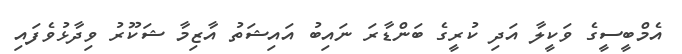
އެމްބީސީގެ ވަކީލާ އަދި ކުރީގެ ބަންޑާރަ ނައިބު އައިޝަތު އާޒިމާ ޝަކޫރު ވިދާޅުވެފައި